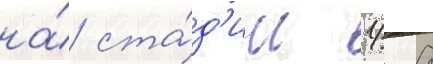
на́ ста́д'ии 1/ 8